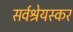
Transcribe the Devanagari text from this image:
सर्वश्रेयस्कर